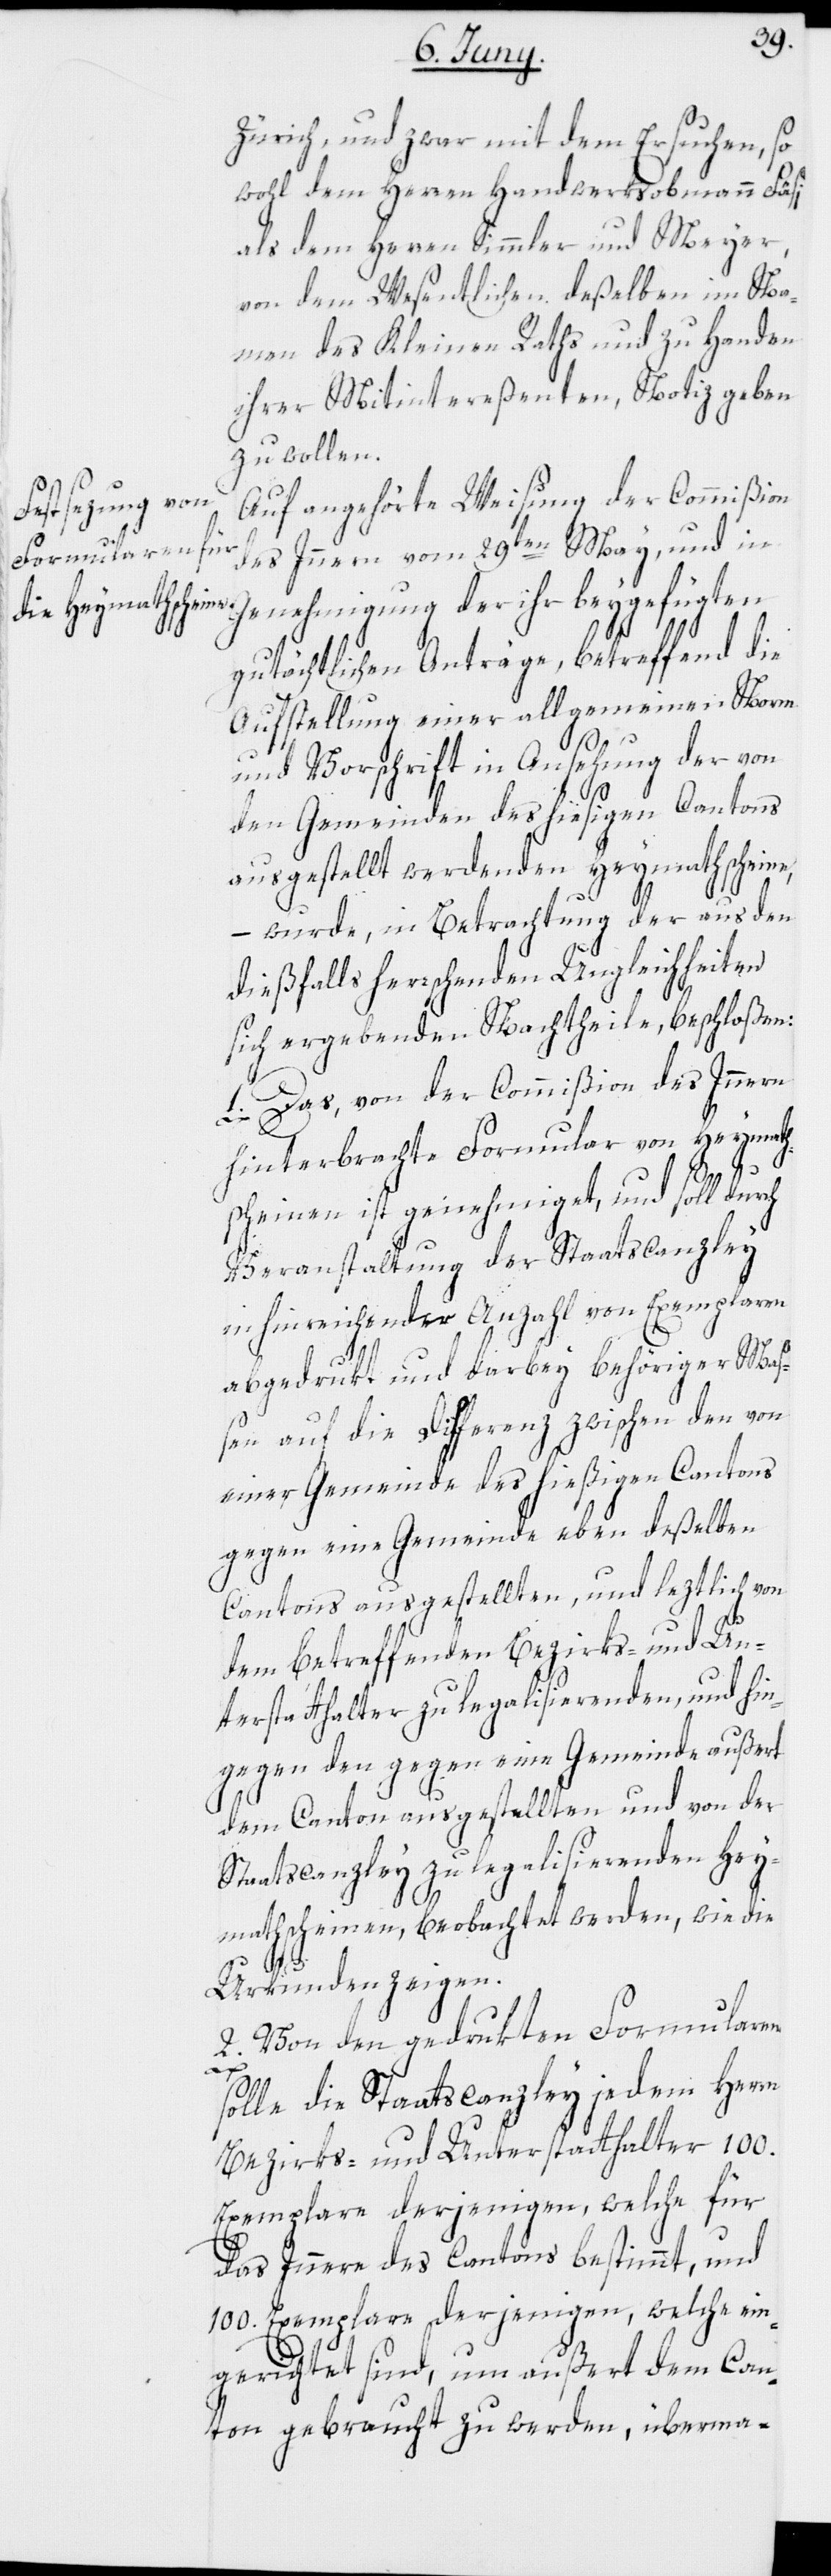
Zürich, und zwar mit dem Ersuchen, so
wohl dem Herren Handwerksobmann Fäsi
als dem Herren Simmler und Meyer,
von dem Wesentlichen deßelben im Na¬
men des Kleinen Raths und zu Handen
ihrer Mitintereßenten, Notiz geben
zu wollen.
Auf angehörte Weisung der Commißion
des Innern vom 29ten May, und in
Genehmigung der ihr beygefügten
gutächtlichen Anträge, betreffend die
Aufstellung einer allgemeinen Norm
und Vorschrift in Ansehung der von
den Gemeinden des hiesigen Cantons
ausgestellt werdenden Heymathscheine,
– wurde, in Betrachtung der aus den
dießfalls herrschenden Ungleichheiten
sich ergebenden Nachtheile, beschloßen:
1. Das, von der Commißion des Innern
hinterbrachte Formular von Heymath¬
scheinen ist genehmiget, und soll durch
Veranstaltung der Staatscanzley
in hinreichender Anzahl von Exemplaren
abgedrukt und darbey behöriger Maß¬
en auf die Differenz zwischen den von
einer Gemeinde des hießigen Cantons
gegen eine Gemeinde eben deßelben
Cantons ausgestellten, und leztlich von
dem betreffenden Bezirks- und Un¬
terstatthalter zu legalisierenden, und hin¬
gegen den gegen eine Gemeinde außert
dem Canton ausgestellten und von der
Staatscanzley zu legalisierenden Hey¬
mathscheinen, beobachtet werden, wie die
Urkunden zeigen.
2. Von den gedrukten Formularen
solle die Staatscanzley jedem Herrn
Bezirks- und Unterstatthalter 100.
Exemplare derjenigen, welche für
das Innere des Cantons bestimmt, und
100. Exemplare derjenigen, welche ein¬
gerichtet sind, um außert dem Can¬
ton gebraucht zu werden, überma-